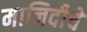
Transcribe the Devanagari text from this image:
माजिदीचे